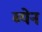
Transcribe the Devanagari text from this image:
ब्येन